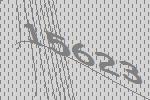
15623